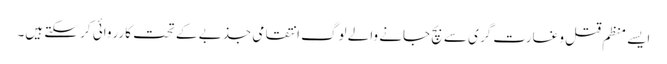
ایسے منظم قتل و غارت گری سے بچ جانے والے لوگ انتقامی جذبے کے تحت کارروائی کر سکتے ہیں۔